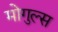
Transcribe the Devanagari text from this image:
मोगुल्स